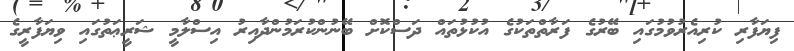
ފިޔަފާރި ކުރިއެރުވުމުގައި ބޭރުގެ ފަރާތްތަކުގެ އުކުޅުތައް ދަސްކޮށް ބޭނުންކުރަމުންދާއިރު އިސްލާމީ ޝަރީޢަތުގައި ވިޔަފާރީގެ